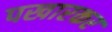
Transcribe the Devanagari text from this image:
पखारकर